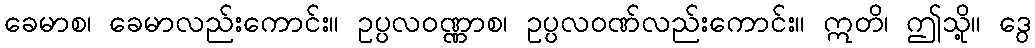
ခေမာစ၊ ခေမာလည်းကောင်း။ ဥပ္ပလဝဏ္ဏာစ၊ ဥပ္ပလဝဏ်လည်းကောင်း။ ဣတိ၊ ဤသို့။ ဒွေ